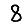
Digit: 8